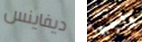
ديفاينس واجبها